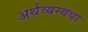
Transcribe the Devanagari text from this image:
अर्थव्यस्वथा